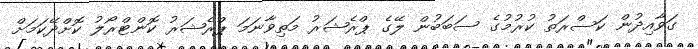
ގަވާއިދުން ކަސްރަތު ކުރުމުގެ ސަބަބުން ލޭގެ ޕްރެޝަރު މަތިވާނަމަ ޕްރެޝަރު ކޮންޓްރޯލު ކޮށްދޭކަމަށް